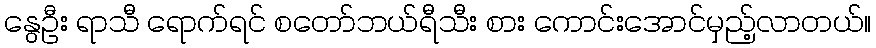
နွေဦး ရာသီ ရောက်ရင် စတော်ဘယ်ရီသီး စား ကောင်းအောင်မှည့်လာတယ်။